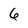
Character: 6